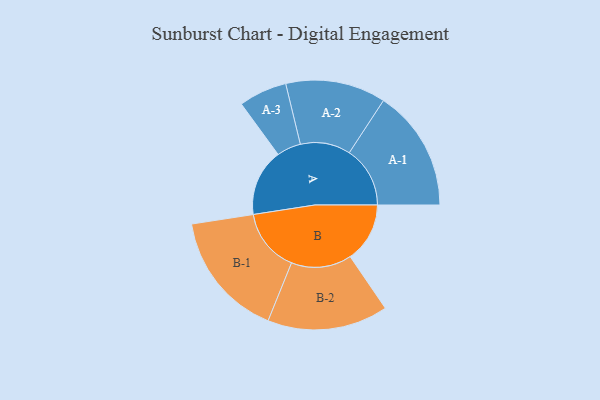
{"axis": {"x": "Segment", "y": "Value"}, "legend": ["", "A", "B"], "data": [{"x": "A", "y": 289, "type": ""}, {"x": "B", "y": 257, "type": ""}, {"x": "A-1", "y": 262, "type": "A"}, {"x": "A-2", "y": 216, "type": "A"}, {"x": "A-3", "y": 104, "type": "A"}, {"x": "B-1", "y": 273, "type": "B"}, {"x": "B-2", "y": 260, "type": "B"}]}